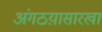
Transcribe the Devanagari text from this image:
अंगठय़ासारखा